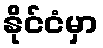
နိုင်ငံမှာ